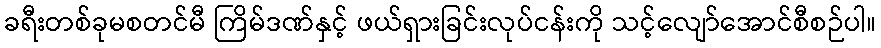
ခရီးတစ်ခုမစတင်မီ ကြိမ်ဒဏ်နှင့် ဖယ်ရှားခြင်းလုပ်ငန်းကို သင့်လျော်အောင်စီစဉ်ပါ။